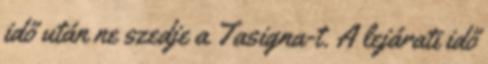
idő után ne szedje a Tasigna-t. A lejárati idő